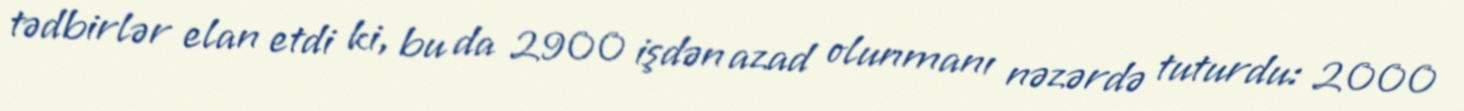
tədbirlər elan etdi ki, bu da 2900 işdən azad olunmanı nəzərdə tuturdu: 2000